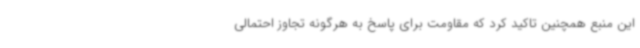
این منبع همچنین تاکید کرد که مقاومت برای پاسخ به هرگونه تجاوز احتمالی